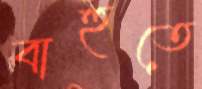
বাহুতে